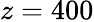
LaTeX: z=400